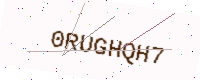
Text: 0RUGHQH7